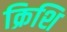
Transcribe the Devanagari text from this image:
क्रिशि